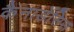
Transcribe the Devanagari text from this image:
कैनाडेंसिस